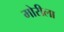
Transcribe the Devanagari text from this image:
मोरीला